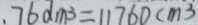
. 7 6 d m ^ { 3 } = 1 1 7 6 0 c m ^ { 3 }